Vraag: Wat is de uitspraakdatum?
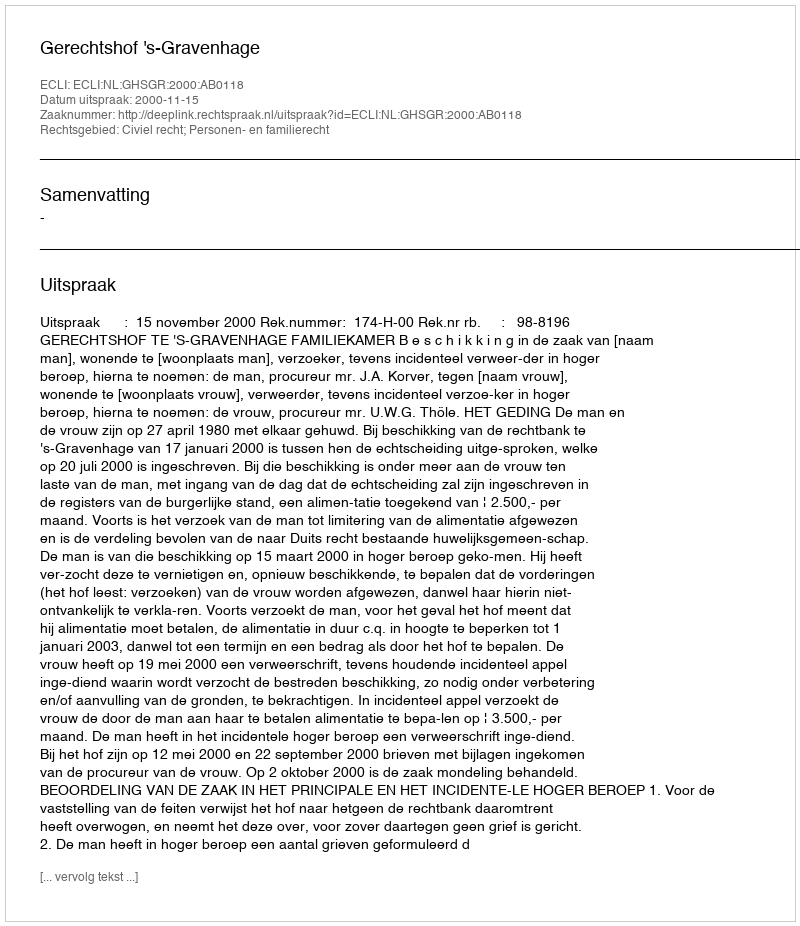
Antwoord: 2000-11-15